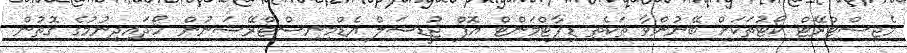
މެޖިސްޓްރޭޓް ކޯޓުތަކަށް ބޭނުންވާ ތަކެތި ޑިޕާޓްމަންޓް އޮފް ޖުޑީޝަލް އެޑްމިނިސްޓްރޭޝަނުން ހޯދައިދިނުމުގެ ގޮތުން